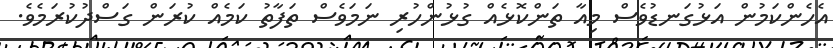
އެހެންކަމުން އަޅުގަނޑުވެސް މިއާ ތަންކޮޅެއް ގުޅުންހުރި ނަމަވެސް ތަފާތު ކަމެއް ކުރަން ގަސްދުކުރަމެވެ.